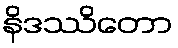
နိဒဿိတော